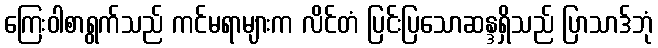
ကြေးဝါစာရွက်သည် ကင်မရာများက လိင်တံ ပြင်းပြသောဆန္ဒရှိသည် ပြာသာဒ်ဘုံ